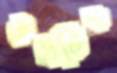
যন্ত্রটিও